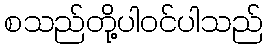
စသည်တို့ပါဝင်ပါသည်